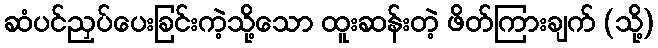
ဆံပင်ညှပ်ပေးခြင်းကဲ့သို့သော ထူးဆန်းတဲ့ ဖိတ်ကြားချက် (သို့)